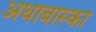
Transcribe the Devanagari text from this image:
अथाबास्का